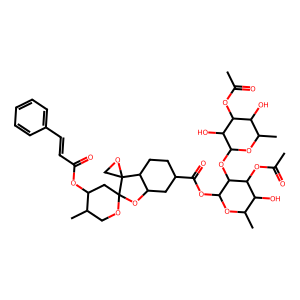
SMILES: CC(=O)OC1C(O)C(C)OC(OC2C(OC(=O)C3CCC4C(C3)OC3(CC(OC(=O)C=Cc5ccccc5)C(C)CO3)C43CO3)OC(C)C(O)C2OC(C)=O)C1O
Inhibits HIV replication: No